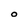
Character: O